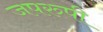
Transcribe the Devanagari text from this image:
जपरुपी